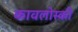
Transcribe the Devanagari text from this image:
कावलोस्की